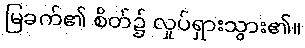
မြခက်၏ စိတ်၌ လှုပ်ရှားသွား၏။